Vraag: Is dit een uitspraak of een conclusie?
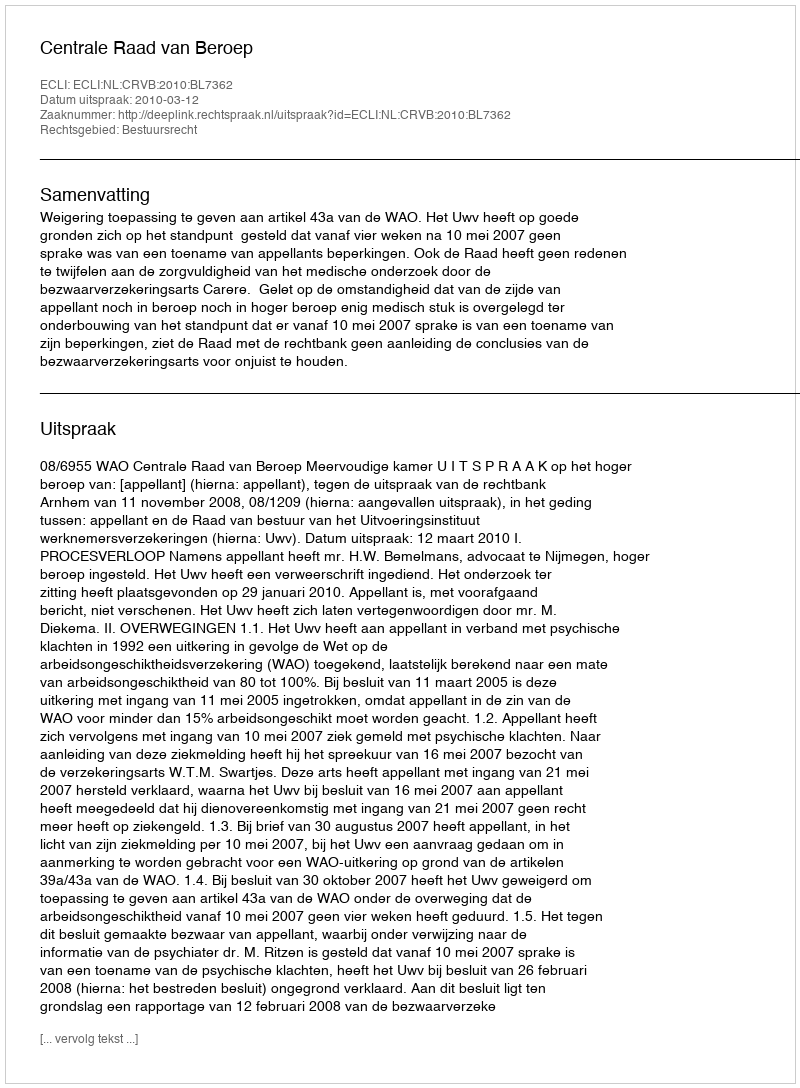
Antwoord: Uitspraak